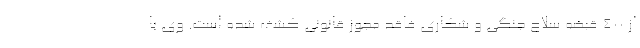
از ۴۰۰ قبضه سلاح جنگی و شکاری فاقد مجوز قانونی کشف شده است. وی با